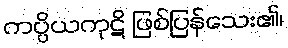
ကပ္ပိယကုဋိ ဖြစ်ပြန်သေး၏၊